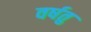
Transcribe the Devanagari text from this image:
वर्षतु